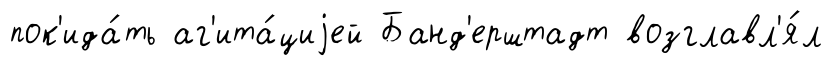
пок'ида́ть аг'ита́циjей Банд'ерштадт возглавл'я́л